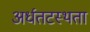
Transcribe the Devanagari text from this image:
अर्धतटस्थता